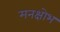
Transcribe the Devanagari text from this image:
मनक्षोभ